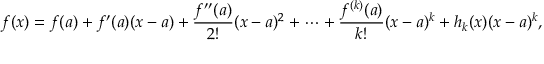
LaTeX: f ( x ) = f ( a ) + f ^ { \prime } ( a ) ( x - a ) + { \frac { f ^ { \prime \prime } ( a ) } { 2 ! } } ( x - a ) ^ { 2 } + \cdots + { \frac { f ^ { ( k ) } ( a ) } { k ! } } ( x - a ) ^ { k } + h _ { k } ( x ) ( x - a ) ^ { k } ,